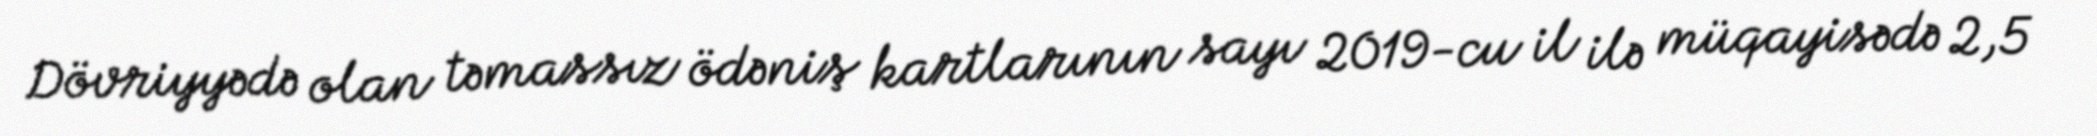
Dövriyyədə olan təmassız ödəniş kartlarının sayı 2019-cu il ilə müqayisədə 2,5